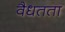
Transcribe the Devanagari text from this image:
वैधतता